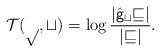
LaTeX: \begin{align*}\cal T(p,t)=\log\frac{|\hat{\sf g}_tv|}{|v|}.\end{align*}